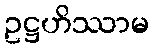
ဥဋ္ဌဟိဿာမ